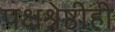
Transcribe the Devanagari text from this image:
पक्षश्रेष्ठीही